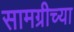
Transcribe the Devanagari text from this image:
सामग्रीच्या